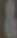
&